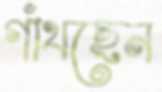
গাঁথছেন